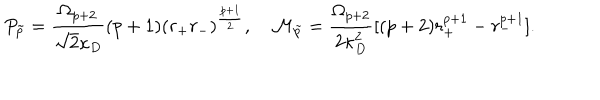
P _ { \tilde { p } } = { \frac { \Omega _ { p + 2 } } { \sqrt { 2 } \kappa _ { D } } } ( p + 1 ) ( r _ { + } r _ { - } ) ^ { \frac { p + 1 } { 2 } } , { \cal M } _ { \tilde { p } } = { \frac { \Omega _ { p + 2 } } { 2 \kappa _ { D } ^ { 2 } } } [ ( p + 2 ) r _ { + } ^ { p + 1 } - r _ { - } ^ { p + 1 } ] .